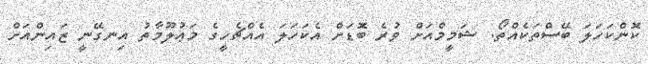
ކޮންކަހަލަ ބޭސްތަކެއްތޯ. ޝަމީމްއަށް ވުރެ ބޮޑަށް އެކަހަލަ އެއްޗެހީގެ މަޢުލޫމާތު އިނގޭނީ ޒައިންއަށް